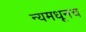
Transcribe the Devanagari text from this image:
न्यमधूनच